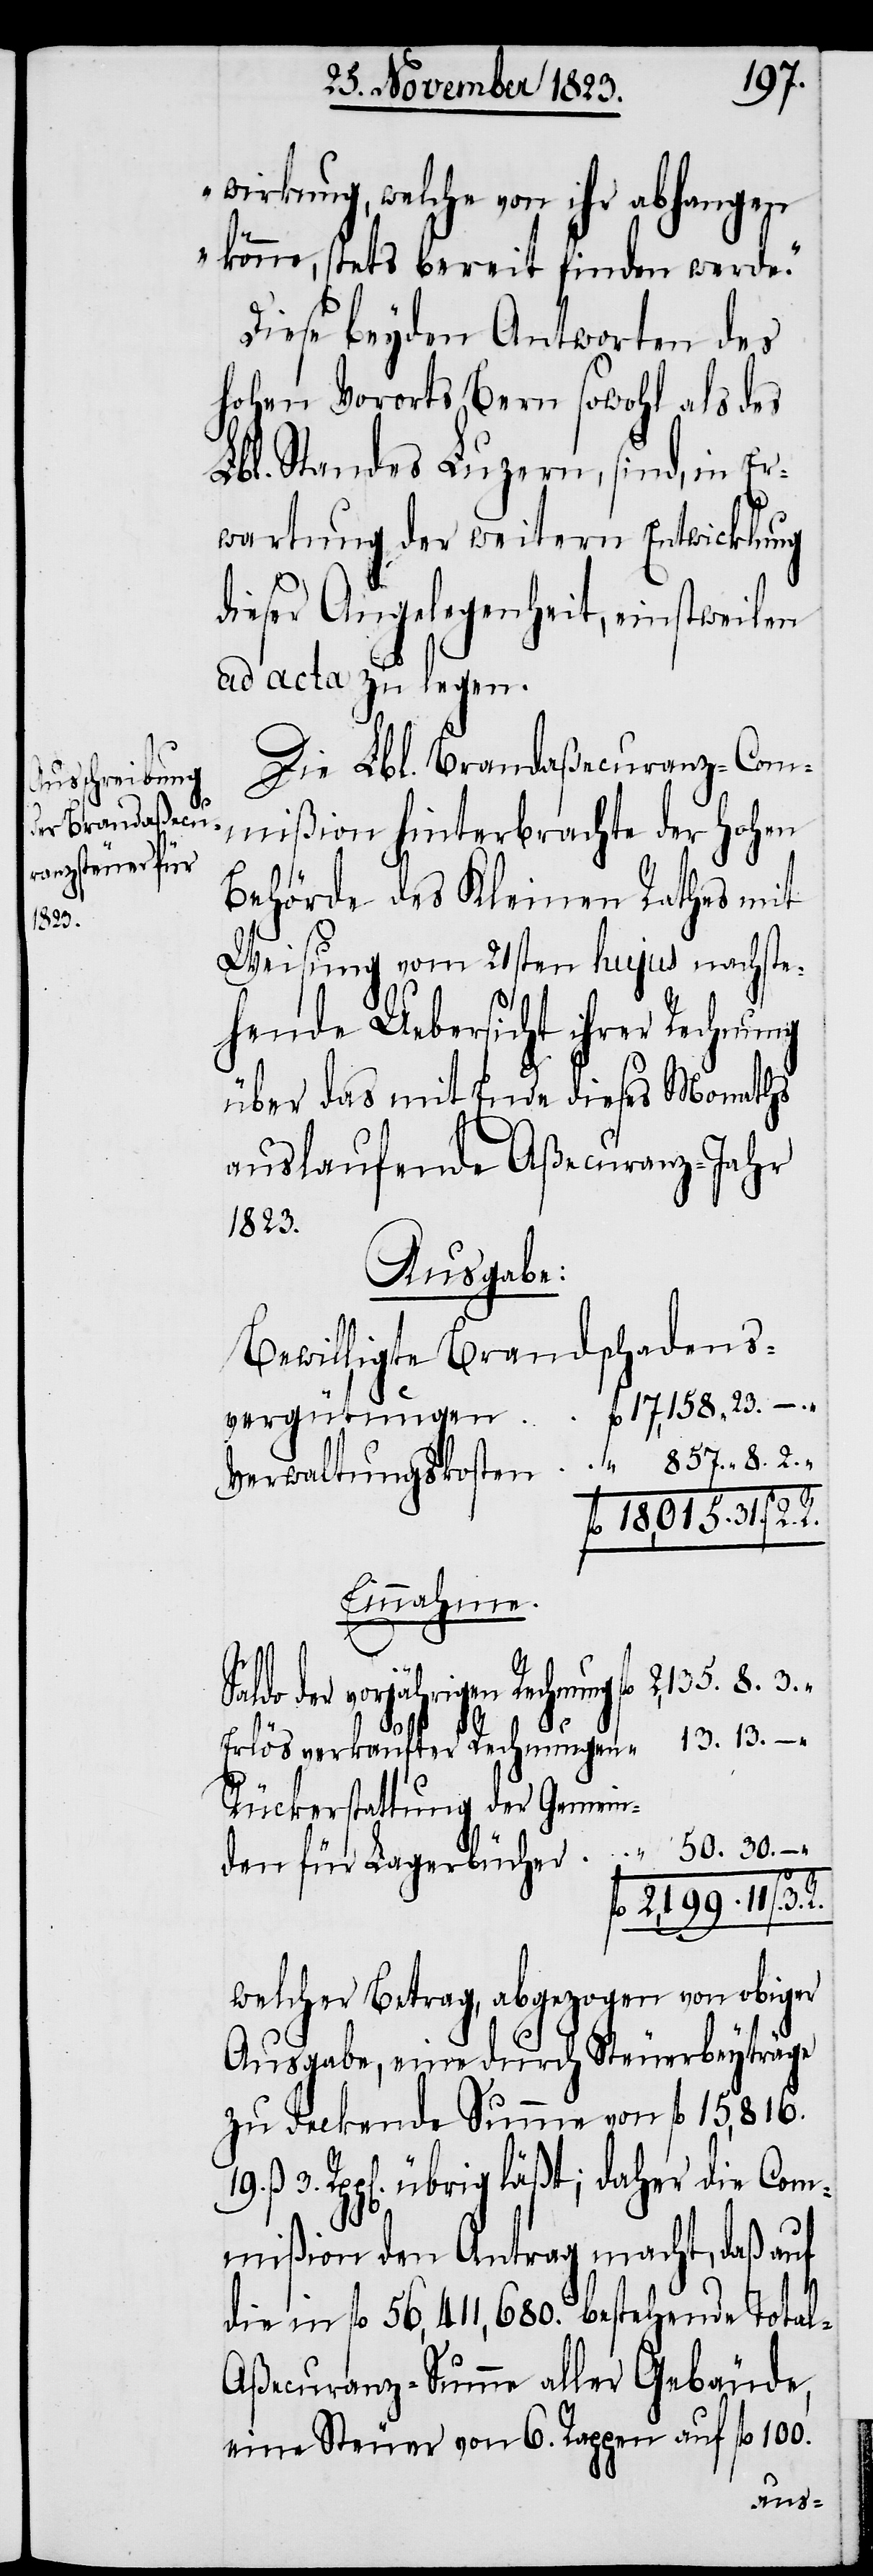
3.

19.
wirkung, welche von ihr abhangen
könne, stets bereit finden werde.“
Diese beyden Antworten des
hohen Vororts Bern sowohl als des
Lbl. Standes Luzern, sind, in Er¬
wartung der weitern Entwicklung
dieser Angelegenheit, einstweilen
ad acta zu legen.
Die Lbl. Brandaßecuranz-Com¬
mißion hinterbrachte der hohen
Behörde des Kleinen Rathes mit
Weisung vom 21sten hujus nachste¬
hende Uebersicht ihrer Rechnung
über das mit Ende dieses Monaths
auslaufende Aßecuranz-Jahr
1823.
Ausgabe:
Bewilligte Brandschadens¬
vergütungen
s.
Verwaltungskosten
Einnahme.
do der vorjährigen Rechnung
Rückerstattung der Gemein¬
welcher Betrag, abgezogen von obiger
Ausgabe, eine durch Steuerbeyträge
zu deckende Summe von fl 15,816.
3. Rpp[en]. übrig läßt; daher die Com¬
mißion den Antrag macht, daß auf
die in fl 56,411,680. bestehende Tota¬
l-Aßecuranz-Summe aller Gebäude,
eine Steuer von 6. Rappen auf fl 100.